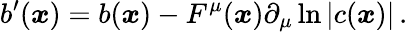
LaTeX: b^{\prime}(\boldsymbol{x})=b(\boldsymbol{x})-F^{\mu}(\boldsymbol{x})\partial_{\mu}\ln|c(\boldsymbol{x})|\, .